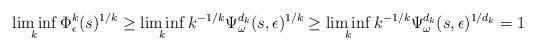
LaTeX: \begin{align*}\liminf_{k}{\Phi}_{\epsilon}^{k}(s)^{1/k}\geq\liminf_{k} k^{-1/k}{\Psi}_{\omega}^{d_{k}}(s,\epsilon)^{1/k}\geq\liminf_{k} k^{-1/k}{\Psi}_{\omega}^{d_{k}}(s,\epsilon)^{1/d_{k}}=1\end{align*}